Vaccination in the Punjab 1905-1918 - 1905-1918
Year: 1905
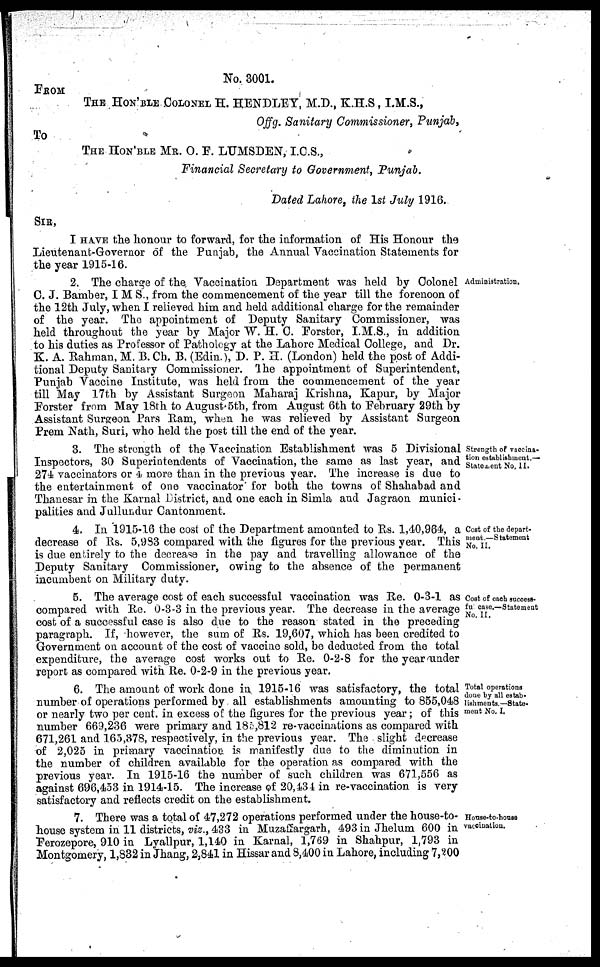
No. 3001.
FROM
THE HON'BLE COLONEL H. HENDLEY, M.D., K.H.S, I.M.S.,
Offg. Sanitary Commissioner, Punjab,
To
THE HON'BLE MR. O. F. LUMSDEN, I.C.S.,
Financial Secretary to Government, Punjab.
Dated Lahore, the 1st July 1916.
SIR,
I HAVE the honour to forward, for the information of His Honour the
Lieutenant-Governor of the Punjab, the Annual Vaccination Statements for
the year 1915-16.
Administration.
2. The charge of the. Vaccination Department was held by Colonel
C. J. Bamber, I M S., from the commencement of the year till the forenoon of
the 12th July, when I relieved him and held additional charge for the remainder
of the year. The appointment of Deputy Sanitary Commissioner, was
held throughout the year by Major W. H. C. Forster, I.M.S., in addition
to his duties as Professor of Pathology at the Lahore Medical College, and Dr.
K. A. Rahman, M. B. Ch. B. (Edin.), D. P. H. (London) held the post of Addi-
tional Deputy Sanitary Commissioner. The appointment of Superintendent,
Punjab Vaccine Institute, was held from the commencement of the year
till May 17th by Assistant Surgeon Maharaj Krishna, Kapur, by Major
Forster from May 18th to August 5th, from August 6th to February 29th by
Assistant Surgeon Pars Ram, when he was relieved by Assistant Surgeon
Prem Nath, Suri, who held the post till the end of the year.
Strength of vaccina-
tion establishment.—
Statement No, II.
3. The strength of the Vaccination Establishment was 5 Divisional
Inspectors, 30 Superintendents of Vaccination, the same as last year, and
274 vaccinators or 4 more than in the previous year. The increase is due to
the entertainment of one vaccinator for both the towns of Shahabad and
Thanesar in the Karnal District, and one each in Simla and Jagraon munici-
palities and Jullundur Cantonment.
Cost of the depart-
ment.—Statement
No. II.
4. In 1915-16 the cost of the Department amounted to Rs. 1,40,964, a
decrease of Rs. 5,983 compared with the figures for the previous year. This
is due entirely to the decrease in the pay and travelling allowance of the
Deputy Sanitary Commissioner, owing to the absence of the permanent
incumbent on Military duty.
Cost of each success-
fu case.—Statement
No. II.
5. The average cost of each successful vaccination was Re. 0-3-1 as
compared with Re. 0-3-3 in the previous year. The decrease in the average
cost of a successful case is also due to the reason stated in the preceding
paragraph. If, however, the sum of Rs. 19,607, which has been credited to
Government on account of the cost of vaccine sold, be deducted from the total
expenditure, the average cost works out to Re. 0-2-8 for the year under
report as compared with Re. 0-2-9 in the previous year.
Total operations
done by all eitab.
livhmonts.—State-
mout No. I.
6. The amount of work done in 1915-16 was satisfactory, the total
number of operations performed by all establishments amounting to 855,048
or nearly two per cent. in excess of the figures for the previous year; of this
number 669,236 were primary and 185,812 re-vaccinations as compared with
671,261 and 165,378, respectively, in the previous year. The slight decrease
of 2,025 in primary vaccination is manifestly due to the diminution in
the number of children available for the operation as compared with the
previous year. In 1915-16 the number of such children was 671,556 as
against 696,453 in 1914-15. The increase of 20,434 in re-vaccination is very
satisfactory and reflects credit on the establishment.
House-to-house
vaccination.
7. There was a total of 47,272 operations performed under the house-to-
house system in 11 districts, viz., 433 in Muzaffargarh, 493 in Jhelum 600 in
Ferozepore, 910 in Lyallpur, 1,140 in Karnal, 1,769 in Shahpur, 1,793 in
Montgomery, 1,832 in Jhang, 2,841 in Hissar and 8,400 in Lahore, including 7,200